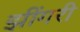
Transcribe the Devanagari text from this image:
झींगरी